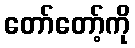
တော်တော့်ကို